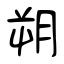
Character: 朔